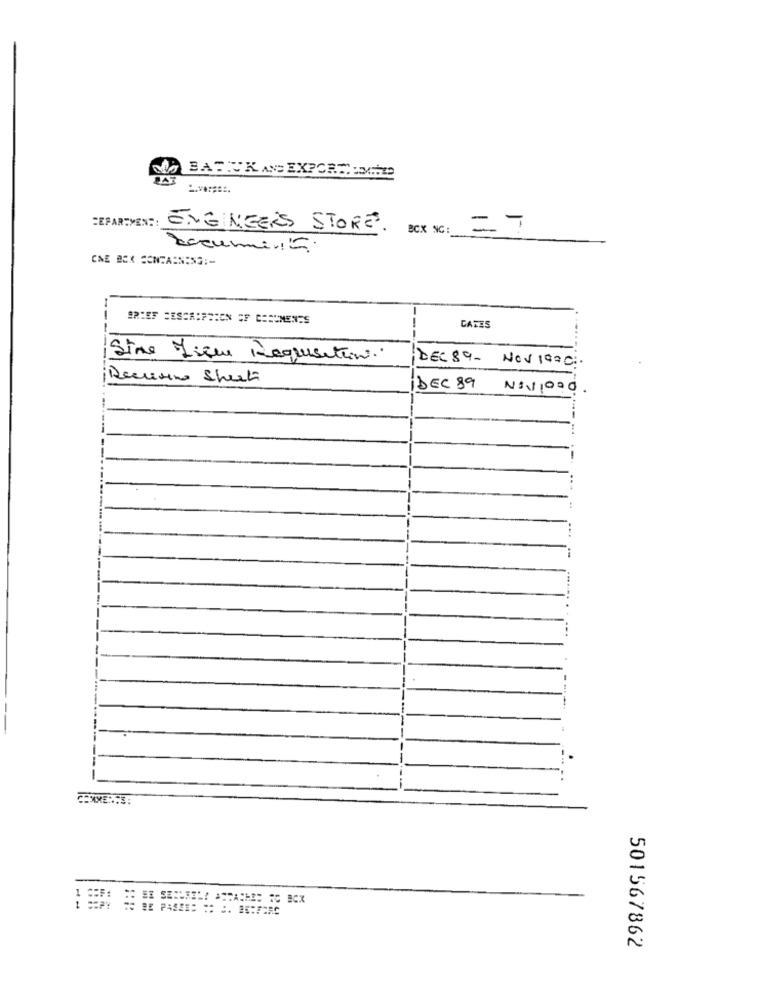
DEPARTMENT: ENGINEERS STORES.
BOX NC:
-
- 7
Document.
CNE BOX CONTAINING ;-
BRIEF DESCRIPTION OF CHEUNENES
--
CATES
...
Sine Lieu Requisition.
DEC 89- NOV 1920 :.
Decuisine Sheeti
DEC 89
Ni1000
.....
----
501567862